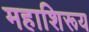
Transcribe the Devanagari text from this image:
महाशिरूय